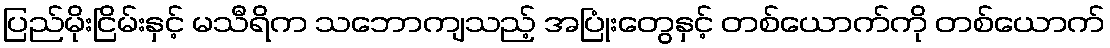
ပြည်မိုးငြိမ်းနှင့် မသီရိက သဘောကျသည့် အပြုံးတွေနှင့် တစ်ယောက်ကို တစ်ယောက်